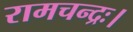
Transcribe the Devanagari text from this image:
रामचन्द्रः।